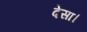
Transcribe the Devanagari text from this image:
देसा।